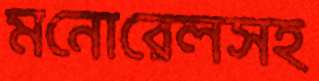
মনোরেলসহ